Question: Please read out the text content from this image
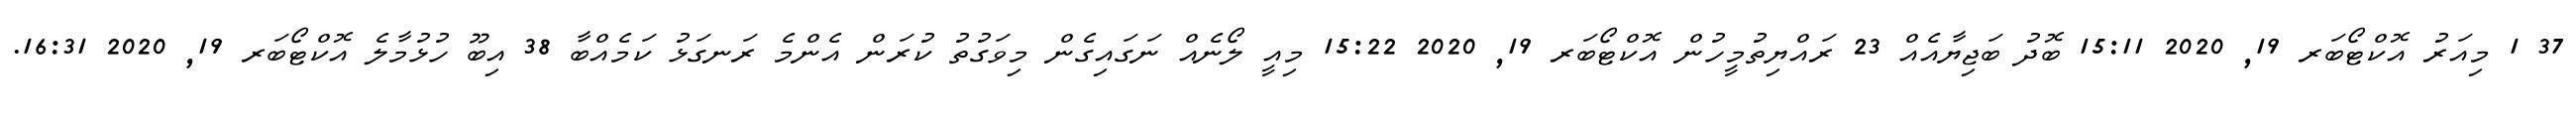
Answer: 37 1 މިއަރު އޮކްޓޯބަރ 19, 2020 15:11 ބޮދު ބަޖިޔާއެއް 23 ރައްޔިތުމީހުން އޮކްޓޯބަރ 19, 2020 15:22 މިއީ ލޯނެއް ނަގައިގެން މިވަގުތު ކުރަން އެންމެ ރަނގަޅު ކަމެއްބާ 38 އިބޫ ހުޅުމާލެ އޮކްޓޯބަރ 19, 2020 16:31.